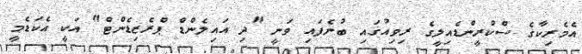
އެމެރިކާގެ ސްކްރީންޑެއިލީގެ ރިވިއުގައި ބުނެފައި ވަނީ "ދި އައިލެންޑް ޕްރެޒިޑެންޓް" އަކީ އެކަޑެމީ